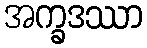
အက္ခဒဿာ